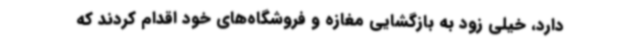
دارد، خیلی زود به بازگشایی مغازه و فروشگاه‌های خود اقدام کردند که